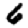
Digit: 6